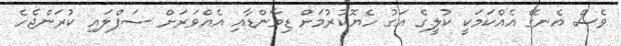
ވެސް އެނގޭ އެއްކަމަކީ ކުލީގެ އަގު ހެޔޮކުރުމަށް ޑިމާންޑާއި އެއްވަރަށް ސަޕްލައި ކުރަންޖެހެ